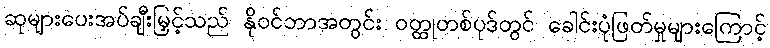
ဆုများပေးအပ်ချီးမြှင့်သည် နိုဝင်ဘာအတွင်း ဝတ္ထုတစ်ပုဒ်တွင် ခေါင်းပုံဖြတ်မှုများကြောင့်